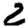
Digit: 2